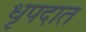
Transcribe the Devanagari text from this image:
धृपदात